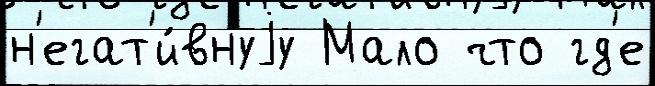
н'егат'и́внуjу Мало что гд'е